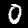
Digit: 0